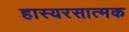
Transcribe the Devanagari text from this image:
हास्यरसात्मक